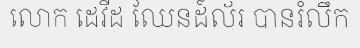
លោក ដេវីដ ឈែនដ៍ល័រ បានរំលឹក